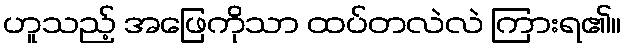
ဟူသည့် အဖြေကိုသာ ထပ်တလဲလဲ ကြားရ၏။